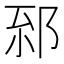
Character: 𨚸